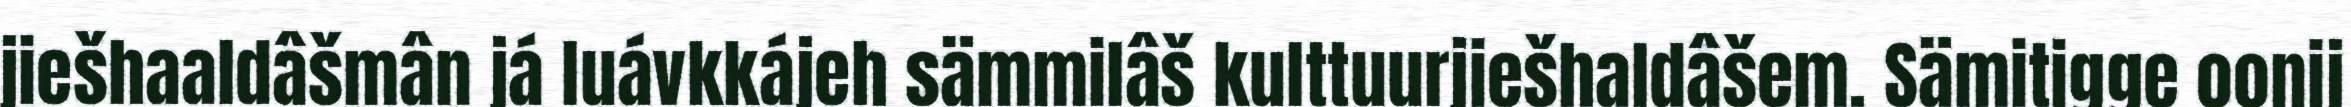
jiešhaaldâšmân já luávkkájeh sämmilâš kulttuurjiešhaldâšem. Sämitigge oonij